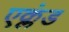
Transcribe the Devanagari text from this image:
एक्लंड